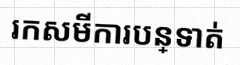
រកសមីការបន្ទាត់